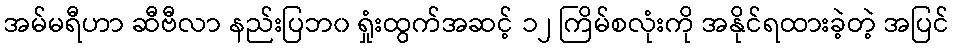
အမ်မရီဟာ ဆီဗီလာ နည်းပြဘ၀ ရှုံးထွက်အဆင့် ၁၂ ကြိမ်စလုံးကို အနိုင်ရထားခဲ့တဲ့ အပြင်